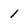
Character: 1